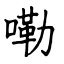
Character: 嘞